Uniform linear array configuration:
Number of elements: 32
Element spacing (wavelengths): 1
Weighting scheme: binomial
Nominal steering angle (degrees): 15
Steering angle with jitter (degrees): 15.947
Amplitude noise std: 0.05
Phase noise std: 0.05

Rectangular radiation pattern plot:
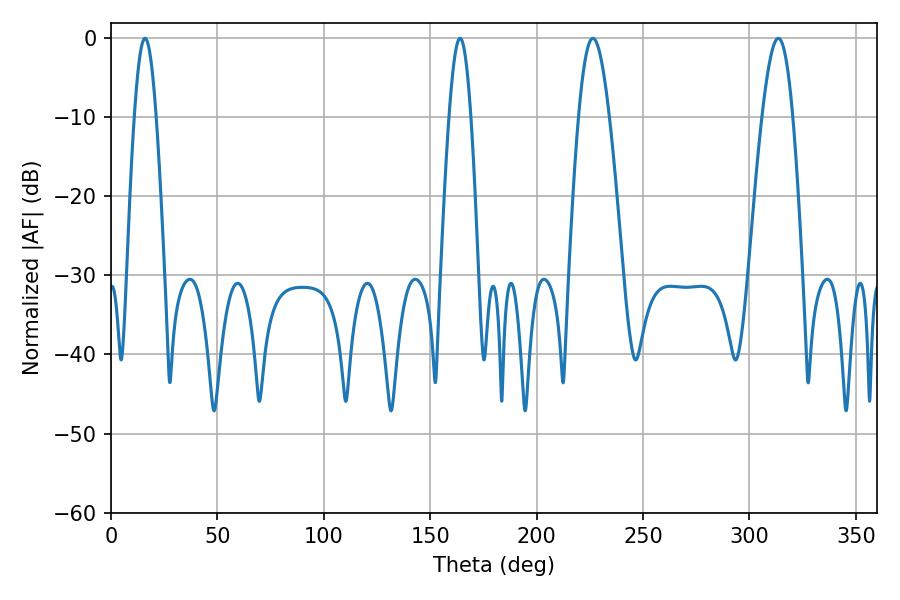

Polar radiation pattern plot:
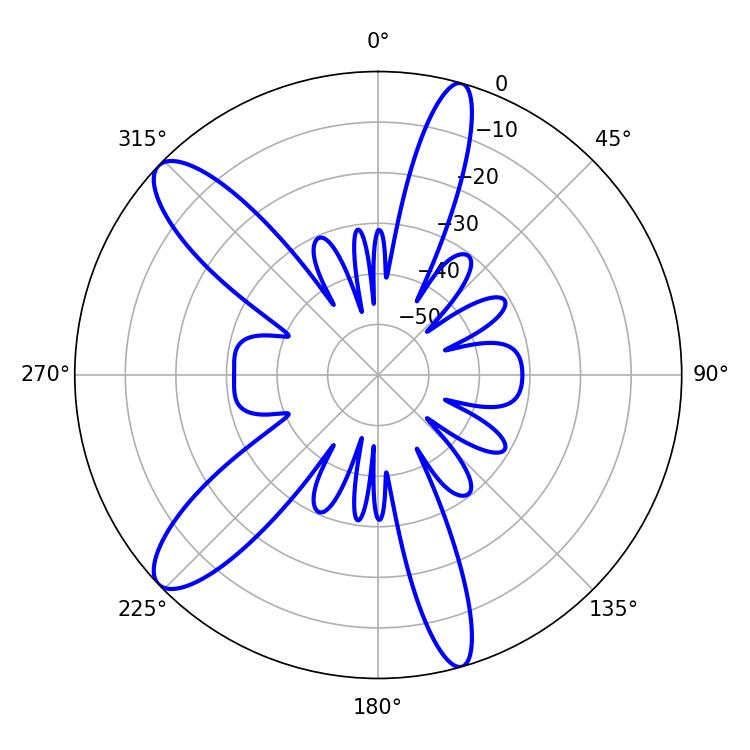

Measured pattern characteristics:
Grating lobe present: TRUE
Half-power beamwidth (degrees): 7.74
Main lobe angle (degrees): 226.44